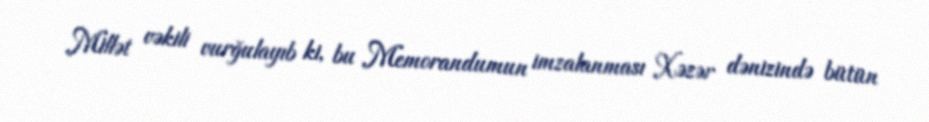
Millət vəkili vurğulayıb ki, bu Memorandumun imzalanması Xəzər dənizində bütün